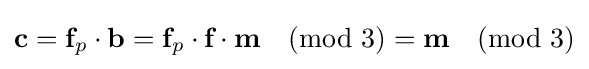
{\textbf {c}}={\textbf {f}}_{p}\cdot {\textbf {b}}={\textbf {f}}_{p}\cdot {\textbf {f}}\cdot {\textbf {m}}{\pmod {3}}={\textbf {m}}{\pmod {3}}